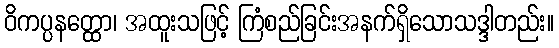
ဝိကပ္ပနတ္ထော၊ အထူးသဖြင့် ကြံစည်ခြင်းအနက်ရှိသောသဒ္ဒါတည်း။